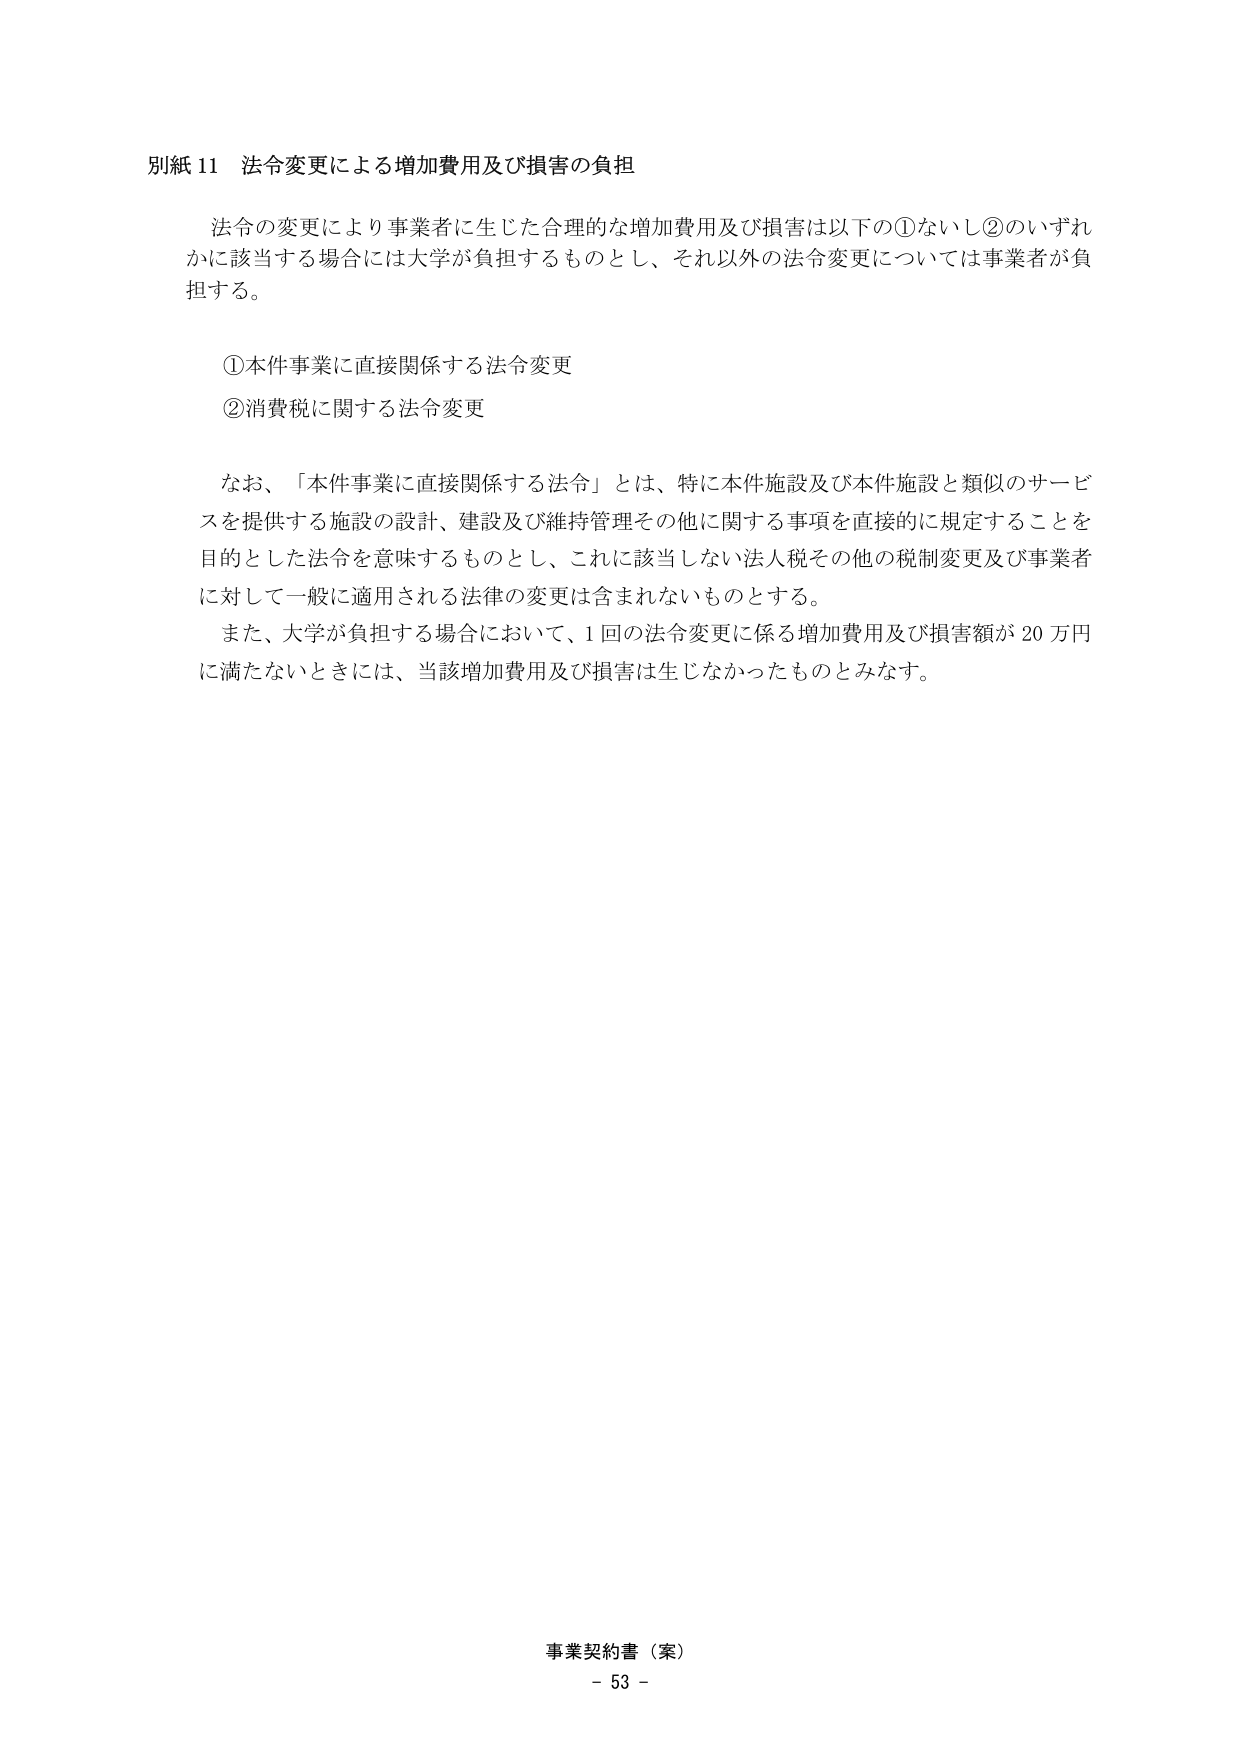
別紙11 法令変更による増加費用及び損害の負担

法令の変更により事業者に生じた合理的な増加費用及び損害は以下の①ないし②のいずれかに該当する場合には大学が負担するものとし、それ以外の法令変更については事業者が負担する。

①本件事業に直接関係する法令変更
②消費税に関する法令変更

なお、「本件事業に直接関係する法令」とは、特に本件施設及び本件施設と類似のサービスを提供する施設の設計、建設及び維持管理その他に関する事項を直接的に規定することを目的とした法令を意味するものとし、これに該当しない法人税その他の税制変更及び事業者に対して一般に適用される法律の変更は含まれないものとする。

また、大学が負担する場合において、1回の法令変更に係る増加費用及び損害額が20万円に満たないときには、当該増加費用及び損害は生じなかったものとみなす。

事業契約書（案）
- 53 -